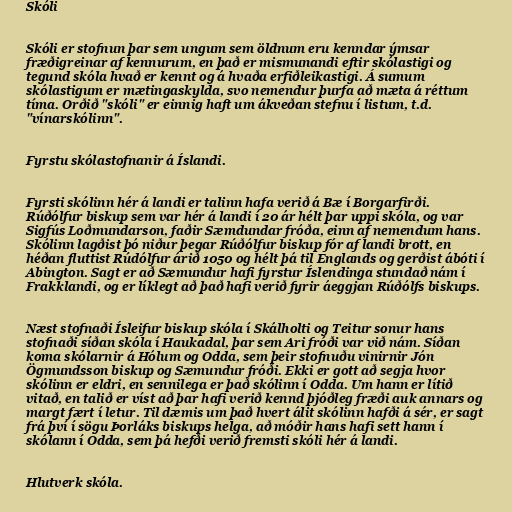
Skóli

Skóli er stofnun þar sem ungum sem öldnum eru kenndar ýmsar
fræðigreinar af kennurum, en það er mismunandi eftir skólastigi og
tegund skóla hvað er kennt og á hvaða erfiðleikastigi. Á sumum
skólastigum er mætingaskylda, svo nemendur þurfa að mæta á réttum
tíma. Orðið "skóli" er einnig haft um ákveðan stefnu í listum, t.d.
"vínarskólinn".

Fyrstu skólastofnanir á Íslandi.

Fyrsti skólinn hér á landi er talinn hafa verið á Bæ í Borgarfirði.
Rúðólfur biskup sem var hér á landi í 20 ár hélt þar uppi skóla, og var
Sigfús Loðmundarson, faðir Sæmdundar fróða, einn af nemendum hans.
Skólinn lagðist þó niður þegar Rúðólfur biskup fór af landi brott, en
héðan fluttist Rúdólfur árið 1050 og hélt þá til Englands og gerðist ábóti í
Abington. Sagt er að Sæmundur hafi fyrstur Íslendinga stundað nám í
Frakklandi, og er líklegt að það hafi verið fyrir áeggjan Rúðólfs biskups.

Næst stofnaði Ísleifur biskup skóla í Skálholti og Teitur sonur hans
stofnaði síðan skóla í Haukadal, þar sem Ari fróði var við nám. Síðan
koma skólarnir á Hólum og Odda, sem þeir stofnuðu vinirnir Jón
Ögmundsson biskup og Sæmundur fróði. Ekki er gott að segja hvor
skólinn er eldri, en sennilega er það skólinn í Odda. Um hann er lítið
vitað, en talið er víst að þar hafi verið kennd þjóðleg fræði auk annars og
margt fært í letur. Til dæmis um það hvert álit skólinn hafði á sér, er sagt
frá því í sögu Þorláks biskups helga, að móðir hans hafi sett hann í
skólann í Odda, sem þá hefði verið fremsti skóli hér á landi.

Hlutverk skóla.